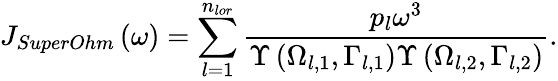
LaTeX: {{J}_{SuperOhm}}\left(\omega\right)=\sum_{l=1}^{{{n}_{lor}}}{\frac{{{p}_{l}}{{\omega}^{3}}}{\Upsilon\left({{\Omega}_{l,1}},{{\Gamma}_{l,1}}\right)\Upsilon\left({{\Omega}_{l,2}},{{\Gamma}_{l,2}}\right)}}.